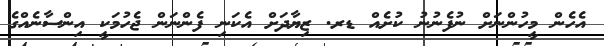
އެހެން މީހުންނަށް ނުފެނުނު ކުށެއް ޑރ. ޒިޔާދަށް އެކަނި ފެންނަން ޖެހުމަކީ އިންސާނެއްގެ